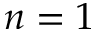
n = 1